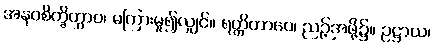
အနဝစိက္ခိတွာဝ၊ မကြားမူ၍လျှင်။ ရတ္တိတာဝေ၊ ညဉ့်အဖို့၌။ ဥဋ္ဌာယ၊